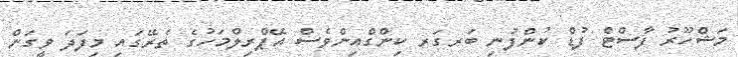
މަޝްހޫރު ފާސްޓް ފުޑް ކުންފުނި ބަރގަރ ކިންގްއިންވެސް އޭޕްރިލްމަހުުގެ ތެރޭގައި މިފަދަ ވީގަން